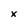
Character: x